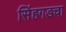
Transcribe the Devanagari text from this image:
सिंहगडचा